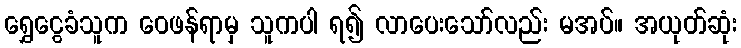
ရွှေငွေခံသူက ဝေဖန်ရာမှ သူကပါ ရ၍ လာပေးသော်လည်း မအပ်။ အယုတ်ဆုံး